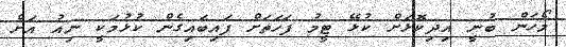
މޯހަން ބުނީ އިދިކޮޅަށް ކުޅޭ ޓީމު ފަހަތަށް ފައިބައިގެން ކުޅުމަކީ ނިއު އަށް